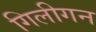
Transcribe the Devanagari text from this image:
गिलीगन